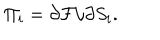
LaTeX: \Pi _ { i } = \partial { \cal F } / \partial S _ { i } .